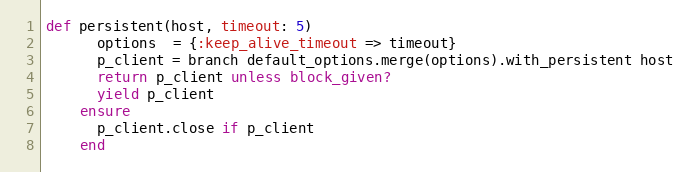
Language: Ruby
def persistent(host, timeout: 5)
      options  = {:keep_alive_timeout => timeout}
      p_client = branch default_options.merge(options).with_persistent host
      return p_client unless block_given?
      yield p_client
    ensure
      p_client.close if p_client
    end